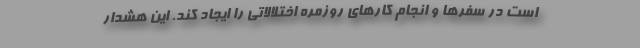
است در سفرها و انجام کارهای روزمره اختلالاتی را ایجاد کند. این هشدار